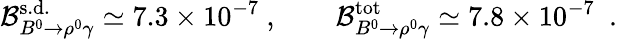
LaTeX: {\cal B}_{B^{0}\to\rho^{0}\gamma}^{\mathrm{s.d.}}\simeq 7.3\times 10^{-7}\ ,\qquad{\cal B}_{B^{0}\to\rho^{0}\gamma}^{\mathrm{tot}}\simeq 7.8\times 10^{-7}\ \ .